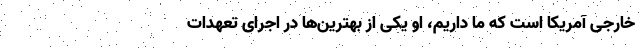
خارجی آمریکا است که ما داریم، او یکی از بهترین‌ها در اجرای تعهدات